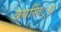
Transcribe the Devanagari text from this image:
त्रयस्तिं्रश